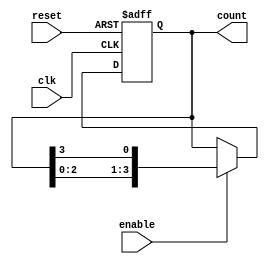
module variable_length_ring_counter #(
    parameter N = 4  // Default number of bits in the counter
) (
    input wire clk,      // Clock input
    input wire reset,    // Reset input
    input wire enable,   // Enable input
    output reg [N-1:0] count // Current count output
);

    // Internal variable to hold the next state
    reg [N-1:0] next_count;

    // Initialize the counter on reset
    always @(posedge clk or posedge reset) begin
        if (reset) begin
            count <= (1'b1 << 0); // Initialize to '000...001'
        end else if (enable) begin
            count <= next_count; // Update the count on clock edge
        end
    end

    // State transition logic
    always @(*) begin
        next_count = {count[N-2:0], count[N-1]}; // Shift right and wrap
    end

endmodule